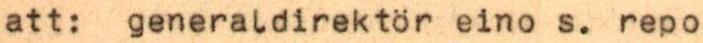
att: generaldirektör eino s. repo